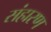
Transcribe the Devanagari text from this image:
संहारण